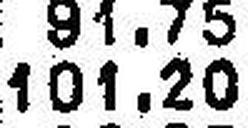
101.20